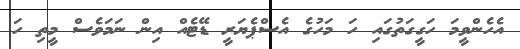
އެހެންވީމަ ހަގީގަތުގައި ހަ މަހުގެ އެސްޕެޔަރީ ޑޭޓެއް އިން ނަމަވެސް މީތި ހަ